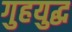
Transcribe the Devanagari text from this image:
गुहयुद्ध